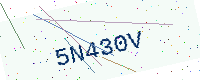
Text: 5N430V